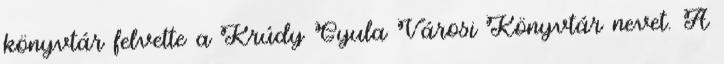
könyvtár felvette a Krúdy Gyula Városi Könyvtár nevet. A